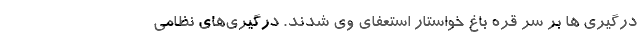
درگیری ها بر سر قره باغ خواستار استعفای وی شدند. درگیری‌های نظامی